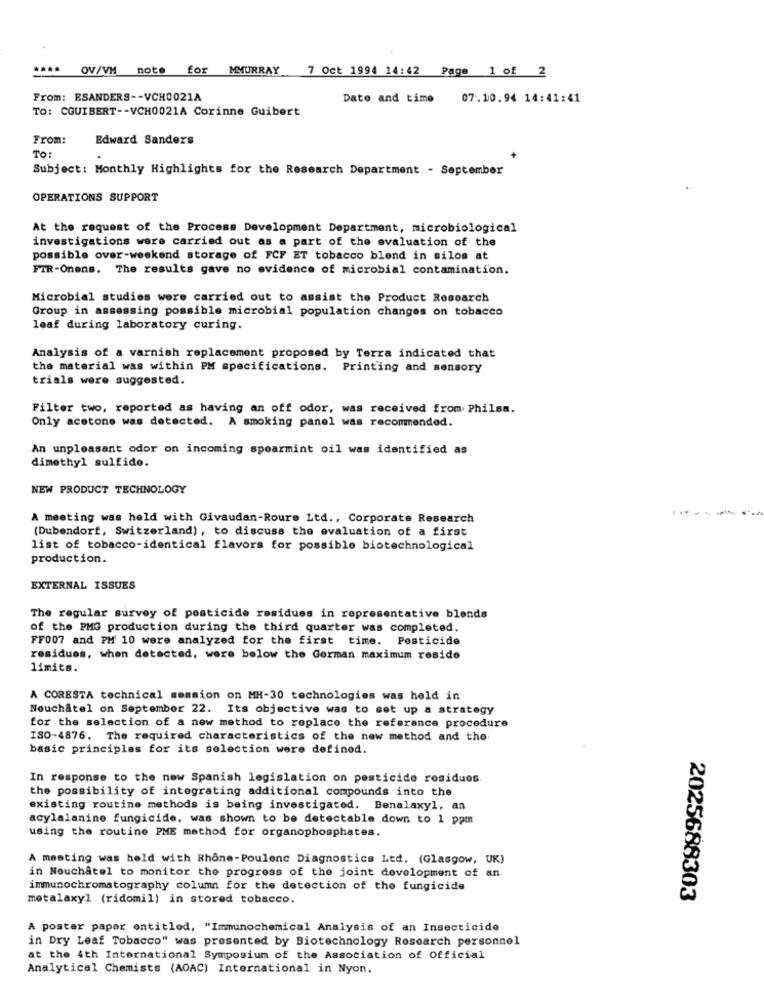
OV/VM
note for MMURRAY
7 Oct 1994 14:42 Page 1 of 2
From: ESANDERS -- VCH0021A
Date and time 07.10.94 14:41:41
TO: CGUIBERT -- VCH0021A Corinne Guibert
From:
Edward Sanders
To:
Subject: Monthly Highlights for the Research Department - September
OPERATIONS SUPPORT
At the request of the Process Development Department, microbiological
investigations were carried out as a part of the evaluation of the
possible over-weekend storage of FCF ET tobacco blend in silos at
FIR-Onens. The results gave no evidence of microbial contamination.
Microbial studies were carried out to assist the Product Research
Group in assessing possible microbial population changes on tobacco
leaf during laboratory curing.
Analysis of a varnish replacement proposed by Terra indicated that
the material was within PM specifications. Printing and sensory
trials were suggested.
Filter two, reported as having an off odor, was received from Philsa.
Only acetone was detected. A smoking panel was recommended.
An unpleasant odor on incoming spearmint oil was identified as
dimethyl sulfido.
NEW PRODUCT TECHNOLOGY
A meeting was held with Givaudan-Roure Ltd ., Corporate Research
(Dubendorf, Switzerland), to discuss the evaluation of a first
list of tobacco-identical flavors for possible biotechnological
production.
EXTERNAL ISSUES
The regular survey of pesticide residues in representative blonds
of the PMG production during the third quarter was completed.
FF007 and PM 10 were analyzed for the first time. Pesticide
residuos, when detected, were below the German maximum reside
limits.
A CORESTA technical session on MH-30 technologies was held in
Neuchatel on September 22. Its objective was to set up a strategy
for the selection of a new method to replace the reference procedure
ISO-4876. The required characteristics of the new method and the
basic principles for its selection were defined.
In response to the new Spanish legislation on pesticide residuos.
the possibility of integrating additional compounds into the
existing routine methods is being investigated. Benalaxyl, an
acylalanine fungicide, was shown to be detectable down to 1 ppm
using the routine PME method for organophosphates.
A meeting was held with Rhone-Poulenc Diagnostics Ltd. (Glasgow, UK)
in Nouchatel to monitor the progress of the joint development of an
immunochromatography column for the detection of the fungicide
motalaxyl (ridomil) in stored tobacco.
2025688303
A poster paper entitled, "Immunochemical Analysis of an Insecticide
in Dry Leaf Tobacco" was presented by Biotechnology Research personnel
at the 4th International Symposium of the Association of Official
Analytical Chemists (AOAC) International in Nyon.